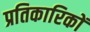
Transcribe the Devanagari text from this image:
प्रतिकारिकों